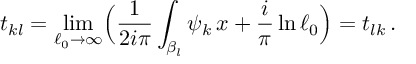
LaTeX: t _ { k l } = \operatorname * { l i m } _ { \ell _ { 0 } \rightarrow \infty } \Bigl ( { \frac { 1 } { 2 i \pi } } \int _ { \beta _ { l } } \psi _ { k } \, \d x + { \frac { i } { \pi } } \ln \ell _ { 0 } \Bigr ) = t _ { l k } \, .